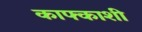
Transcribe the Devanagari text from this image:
काफ्काशी